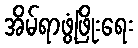
အိမ်ရာဖွံ့ဖြိုးရေး